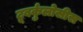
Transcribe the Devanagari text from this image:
टूबर्कुलोसीस